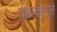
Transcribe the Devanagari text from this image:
बायकामुले